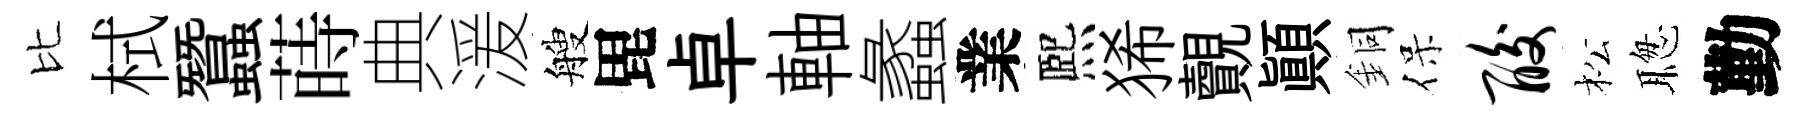
比栻蠶蒔典湲艘毘卓軸蠡業熈狶覿顚銅保酸松聦勤